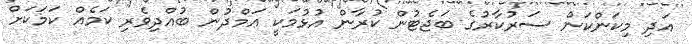
އަދި މިކަންކަން ސަރުކާރުގެ ބަޖެޓުން ކުރާން އުޅުމަކީ ޢަމްދުން ބުއްދިވެރި ކަމެއް ކަމަކަށް